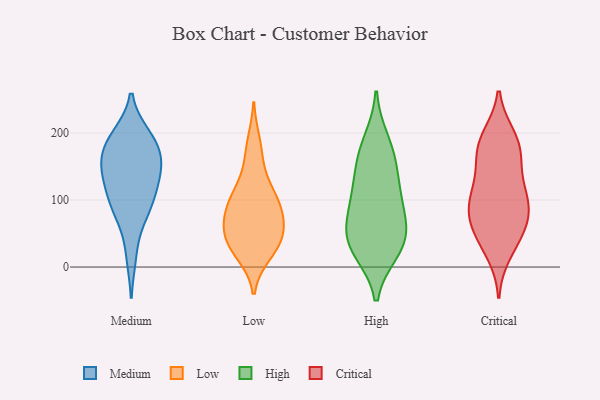
{"axis": {"x": "Satisfaction Score", "y": "Value"}, "legend": ["Critical", "High", "Low", "Medium"], "data": [{"x": "", "y": 89, "type": "Medium"}, {"x": "", "y": 82, "type": "Medium"}, {"x": "", "y": 179, "type": "Medium"}, {"x": "", "y": 145, "type": "Medium"}, {"x": "", "y": 18, "type": "Medium"}, {"x": "", "y": 86, "type": "Medium"}, {"x": "", "y": 181, "type": "Medium"}, {"x": "", "y": 140, "type": "Medium"}, {"x": "", "y": 150, "type": "Medium"}, {"x": "", "y": 195, "type": "Medium"}, {"x": "", "y": 194, "type": "Medium"}, {"x": "", "y": 114, "type": "Medium"}, {"x": "", "y": 127, "type": "Medium"}, {"x": "", "y": 165, "type": "Medium"}, {"x": "", "y": 36, "type": "Low"}, {"x": "", "y": 51, "type": "Low"}, {"x": "", "y": 25, "type": "Low"}, {"x": "", "y": 37, "type": "Low"}, {"x": "", "y": 120, "type": "Low"}, {"x": "", "y": 92, "type": "Low"}, {"x": "", "y": 95, "type": "Low"}, {"x": "", "y": 20, "type": "Low"}, {"x": "", "y": 111, "type": "Low"}, {"x": "", "y": 161, "type": "Low"}, {"x": "", "y": 186, "type": "Low"}, {"x": "", "y": 55, "type": "Low"}, {"x": "", "y": 81, "type": "Low"}, {"x": "", "y": 57, "type": "Low"}, {"x": "", "y": 84, "type": "Low"}, {"x": "", "y": 106, "type": "High"}, {"x": "", "y": 98, "type": "High"}, {"x": "", "y": 51, "type": "High"}, {"x": "", "y": 27, "type": "High"}, {"x": "", "y": 188, "type": "High"}, {"x": "", "y": 72, "type": "High"}, {"x": "", "y": 155, "type": "High"}, {"x": "", "y": 33, "type": "High"}, {"x": "", "y": 24, "type": "High"}, {"x": "", "y": 124, "type": "High"}, {"x": "", "y": 54, "type": "High"}, {"x": "", "y": 168, "type": "High"}, {"x": "", "y": 91, "type": "Critical"}, {"x": "", "y": 22, "type": "Critical"}, {"x": "", "y": 190, "type": "Critical"}, {"x": "", "y": 168, "type": "Critical"}, {"x": "", "y": 165, "type": "Critical"}, {"x": "", "y": 78, "type": "Critical"}, {"x": "", "y": 194, "type": "Critical"}, {"x": "", "y": 134, "type": "Critical"}, {"x": "", "y": 86, "type": "Critical"}, {"x": "", "y": 50, "type": "Critical"}, {"x": "", "y": 113, "type": "Critical"}, {"x": "", "y": 56, "type": "Critical"}, {"x": "", "y": 43, "type": "Critical"}, {"x": "", "y": 89, "type": "Critical"}, {"x": "", "y": 181, "type": "Critical"}, {"x": "", "y": 109, "type": "Critical"}]}